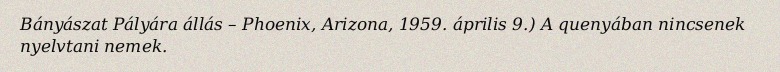
Bányászat Pályára állás – Phoenix, Arizona, 1959. április 9.) A quenyában nincsenek nyelvtani nemek.